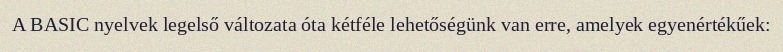
A BASIC nyelvek legelső változata óta kétféle lehetőségünk van erre, amelyek egyenértékűek: